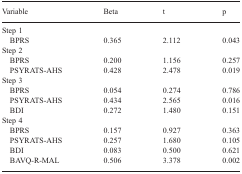
<table><thead><tr><td><b>Variable</b></td><td><b>Beta</b></td><td><b>t</b></td><td><b>p</b></td></tr></thead><tbody><tr><td colspan="4">Step 1</td></tr><tr><td> BPRS</td><td>0.365</td><td>2.112</td><td>0.043</td></tr><tr><td colspan="4">Step 2</td></tr><tr><td> BPRS</td><td>0.200</td><td>1.156</td><td>0.257</td></tr><tr><td> PSYRATS-AHS</td><td>0.428</td><td>2.478</td><td>0.019</td></tr><tr><td colspan="4">Step 3</td></tr><tr><td> BPRS</td><td>0.054</td><td>0.274</td><td>0.786</td></tr><tr><td> PSYRATS-AHS</td><td>0.434</td><td>2.565</td><td>0.016</td></tr><tr><td> BDI</td><td>0.272</td><td>1.480</td><td>0.151</td></tr><tr><td colspan="4">Step 4</td></tr><tr><td> BPRS</td><td>0.157</td><td>0.927</td><td>0.363</td></tr><tr><td> PSYRATS-AHS</td><td>0.257</td><td>1.680</td><td>0.105</td></tr><tr><td> BDI</td><td>0.083</td><td>0.500</td><td>0.621</td></tr><tr><td> BAVQ-R-MAL</td><td>0.506</td><td>3.378</td><td>0.002</td></tr></tbody></table>